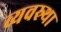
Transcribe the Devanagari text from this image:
व्यवस्र्था